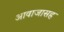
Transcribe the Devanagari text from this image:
आवाजासह